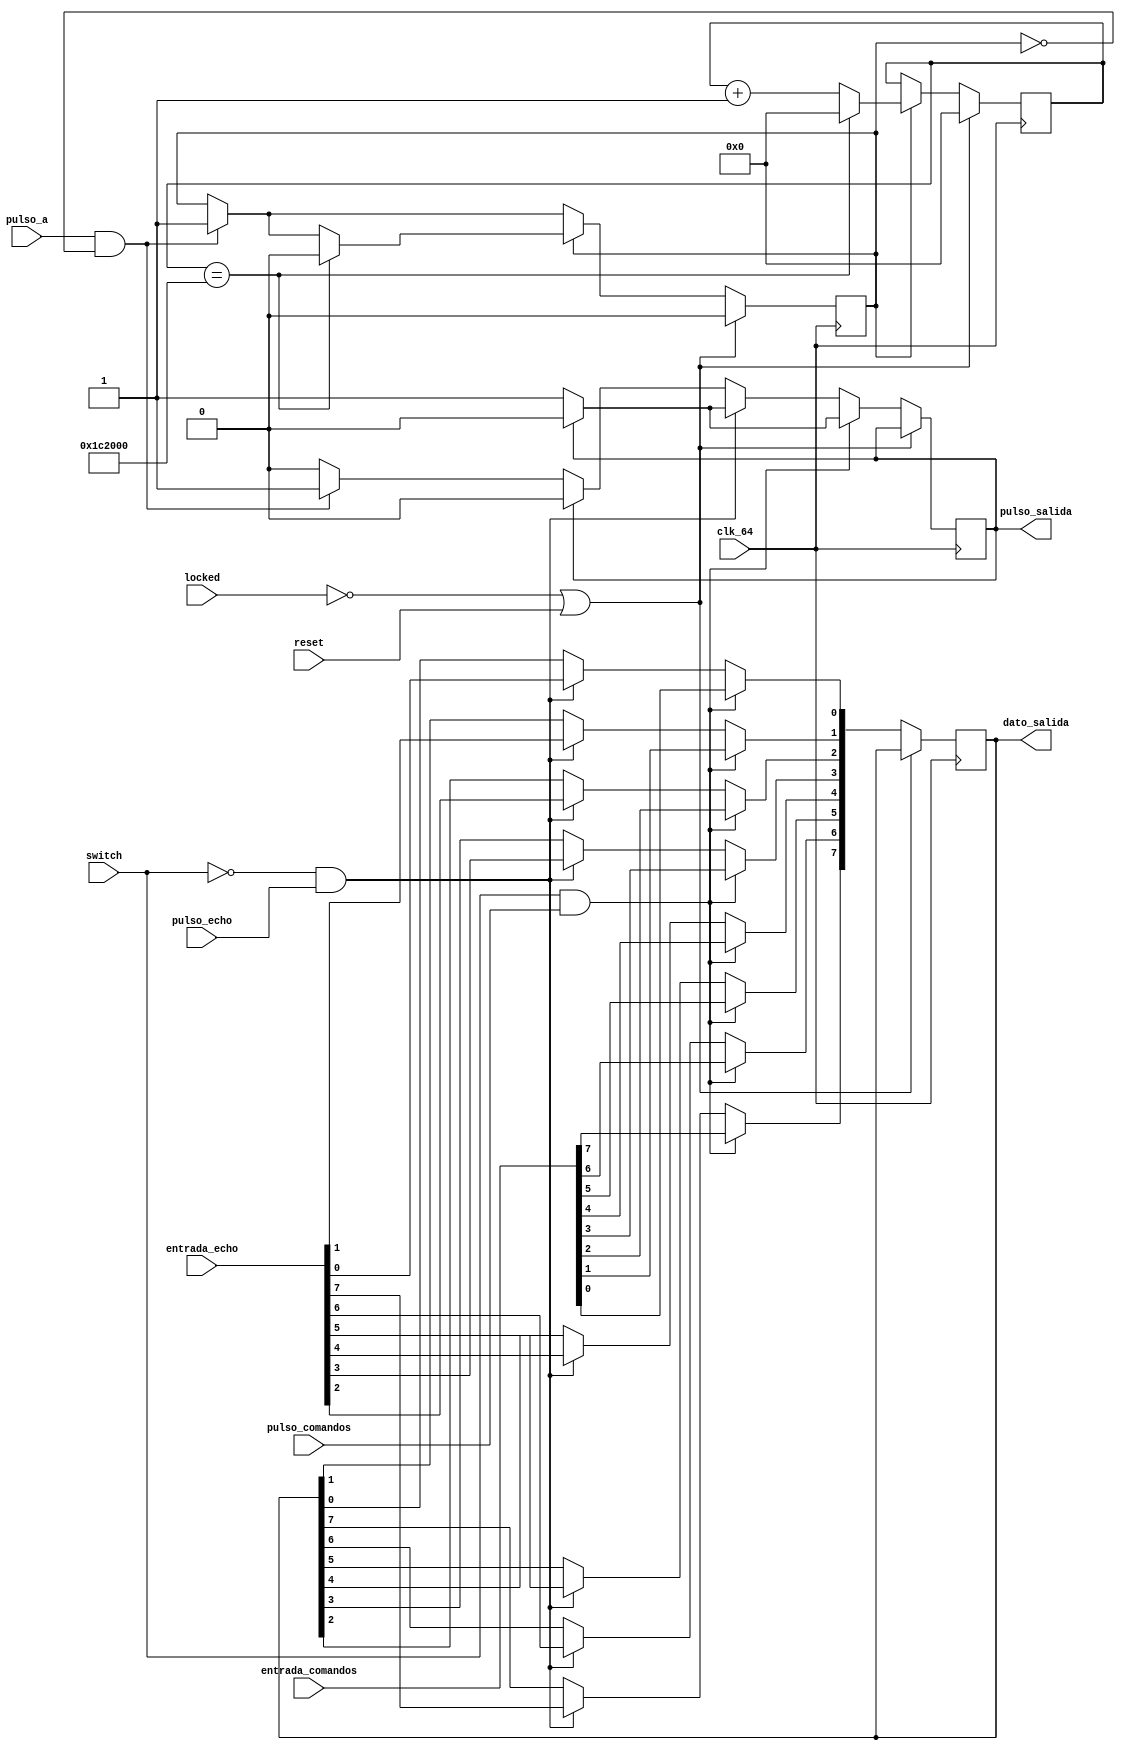
`timescale 1ns / 1ps

`timescale 1ns / 1ps

module multiplexor(
    input clk_64,
    input reset,
    input locked,
    input pulso_a,      //Pulso que indica que debo sacar una A con el boton
    input [7:0] entrada_echo,   //Caracter que debo replicar
    input pulso_echo,   //Pulso que indica que debo devolver el caracter recibido + 1
    input [7:0] entrada_comandos,   //Letra que ingresa al modulo comandos
    input pulso_comandos,   //Pulso que indica que debo prender/apagar el led o mostrar el mensaje
    input switch,       //Valor del switch SW0
    output pulso_salida,    //dato de salida, resultado de la multiplexacion 
    output [7:0] dato_salida);  //pulso de salida, resultado de la multiplexacion

//REGISTROS GENERALES
reg [7:0] dato_salida_aux;
reg pulso_salida_aux;
reg [3:0] i;

//Primer contestador - Devuelve A al pulsar el boton 1
reg delay;          //Flag para poder esperar entre tramas
reg [7:0] byte;     //Cargo el valor de la A
reg [20:0] contador_delay; //Contador para acomodar el tiempo de espera entre tramas

always @(posedge clk_64) begin
    if (~locked || reset) begin
        delay <= 0; 
        contador_delay <= 0;
        byte <= 8'h41; //Le paso una "A"
    end 
    else begin
        //Boton A 
        if (pulso_a && ~delay) begin
            for (i = 0; i < 8; i = i + 1)
                dato_salida_aux[i] <= byte[i];  //Se carga la A
            delay <= 1;
            pulso_salida_aux <= 1;              //Envio un pulso para mostrar la A
        end    
        if (pulso_salida_aux)
            pulso_salida_aux <= 0;            
        if (delay) begin        //Delay aproximado de 1/4 de [s]
            contador_delay <= contador_delay + 1;
            if (contador_delay == 1843200) begin    //7370000 -> 1s 
                delay <= 0;                         //1843200 -> [1/4]s
                contador_delay <= 0;
            end    
        end
        //Contestador
        if (~switch && pulso_echo) begin
            for (i = 0; i < 8; i = i + 1)
                dato_salida_aux[i] = entrada_echo[i];   //Copio el dato resultado del modulo contestador
            pulso_salida_aux <= 1;    
            if (pulso_salida_aux)                       //Envio un pulso para mostrar el dato replicado
                pulso_salida_aux <= 0;
        end
        //Comandos
        if (switch && pulso_comandos) begin             //Copio cada letra del mensaje
            for (i = 0; i < 8; i = i + 1)
                dato_salida_aux[i] = entrada_comandos[i];
            pulso_salida_aux <= 1;                      //Envio un pulso por cada letra del mensaje
            if (pulso_salida_aux)
                pulso_salida_aux <= 0;
        end                         
    end
end

assign pulso_salida = pulso_salida_aux;
assign dato_salida[0] = dato_salida_aux[0];
assign dato_salida[1] = dato_salida_aux[1];
assign dato_salida[2] = dato_salida_aux[2];
assign dato_salida[3] = dato_salida_aux[3];
assign dato_salida[4] = dato_salida_aux[4];
assign dato_salida[5] = dato_salida_aux[5];
assign dato_salida[6] = dato_salida_aux[6];
assign dato_salida[7] = dato_salida_aux[7];

endmodule